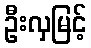
ဦးလှမြင့်